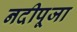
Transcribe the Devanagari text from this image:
नदीपूजा